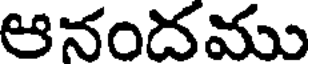
ఆనందము